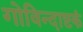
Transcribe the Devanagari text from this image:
गोविन्दाष्टकं